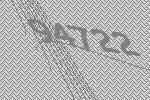
94722